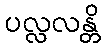
ပလ္လလန္တိ